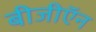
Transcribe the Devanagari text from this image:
बीजीऍन